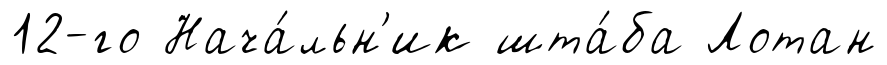
12-го Нача́льн'ик шта́ба Лотан